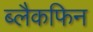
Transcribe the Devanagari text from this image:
ब्लैकफिन